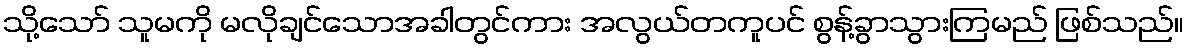
သို့သော် သူမကို မလိုချင်သောအခါတွင်ကား အလွယ်တကူပင် စွန့်ခွာသွားကြမည် ဖြစ်သည်။